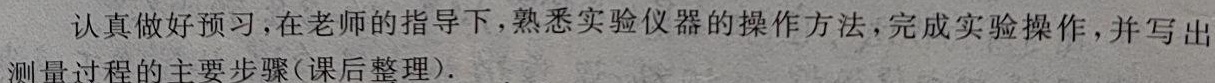
认真做好预习，在老师的指导下，熟悉实验仪器的操作方法，完成实验操作，并写出测量过程的主要步骤(课后整理).